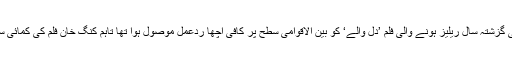
واضح رہے کہ شاہ رخ خان کی گزشتہ سال ریلیز ہونے والی فلم ’دل والے‘ کو بین الاقوامی سطح پر کافی اچھا ردعمل موصول ہوا تھا تاہم کنگ خان فلم کی کمائی سے کچھ مایوس نظر آئے تھے۔